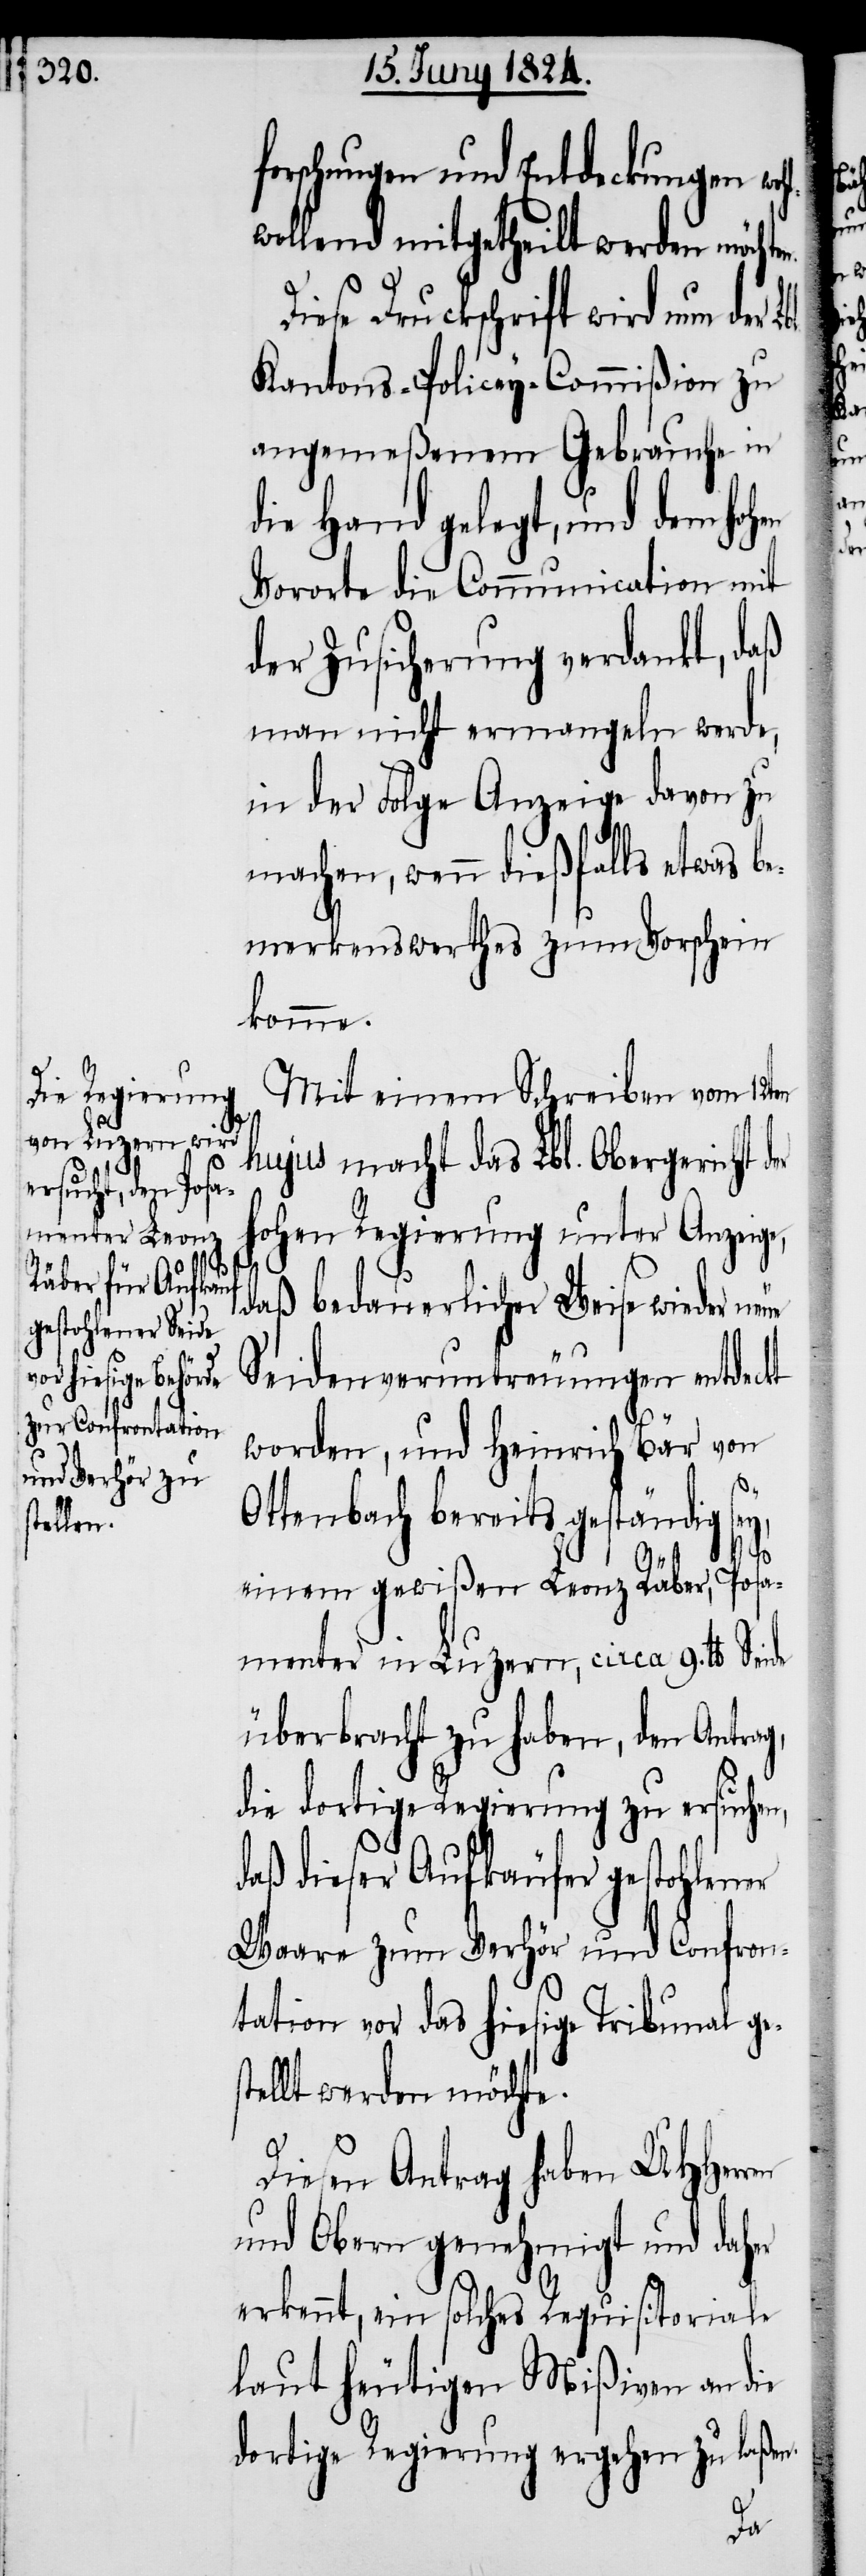
forschungen und Entdeckungen
wollend mitgetheilt werden möcht¬
Diese Druckschrift wird nun der
Kantons-Policey-Commißion zu
angemeßenem Gebrauche in
die Hand gelegt, und dem hoh¬
Vororte die Communication mit
der Zusicherung verdankt, daß
man nicht ermangeln werde,
in der Folge Anzeige davon zu
machen, wenn dießfalls etwas be¬
merkenswerthes zum Vorschein
komme.
Mit einem Schreiben vom 12ten
hujus macht das Lbl. Obergericht d¬
hohen Regierung unter Anzeige,
daß bedauerlicher Weise wieder ne¬
ue
Seidenveruntreuungen entdeckt
worden, und Heinrich Bär von
Ottenbach bereits geständig
de
s¬
einem gewißen Leonz Räber, Posa¬
menter in Luzern, circa 9. lb.
überbracht zu haben, den Antrag,
die dortige Regierung zu ersuchen,
daß dieser Aufkäufer gestohlener
Waare zum Verhör und Confron¬
tation vor das hiesige Tribunal ge¬
tellt werden möchte.
Diesen Antrag haben UHHerren
und Obern genehmigt und daher
erkennt, ein solches Requisitoriale
laut heutigen Mißiven an die
dortige Regierung ergehen zu laßen.